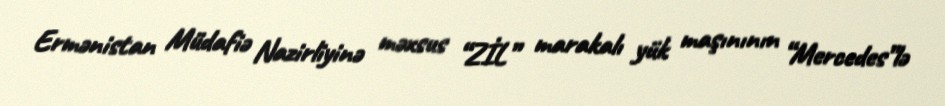
Ermənistan Müdafiə Nazirliyinə məxsus “ZİL” marakalı yük maşınının “Mercedes”lə